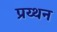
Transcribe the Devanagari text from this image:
प्रय्थन